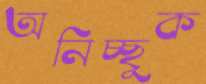
অনিচ্ছুক